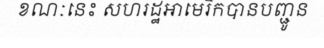
ខណៈនេះ សហរដ្ឋអាមេរិកបានបញ្ជូន